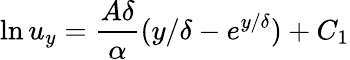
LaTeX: \ln u_{y}=\frac{A\delta}{\alpha}({y}/{\delta}-e^{{y}/{\delta}})+C_{1}